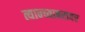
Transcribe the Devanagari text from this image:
त्यान्च्याबराबर